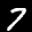
Label: 7